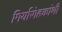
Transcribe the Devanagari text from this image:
गिर्यारोहकांशी